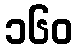
၁၆၀